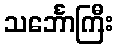
သင်္ဘောကြီး